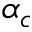
\alpha _ { c }